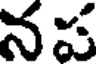
నప